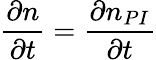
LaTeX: \frac{\partial n}{\partial t}=\frac{\partial n_{PI}}{\partial t}